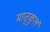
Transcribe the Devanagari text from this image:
मातृकुलं